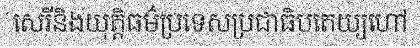
សេរីនិងយុត្តិធម៌ប្រទេសប្រជាធិបតេយ្យហៅ